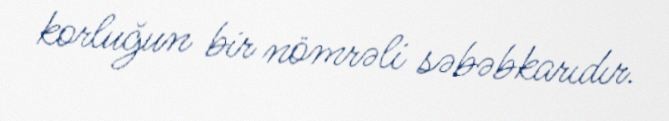
korluğun bir nömrəli səbəbkarıdır.